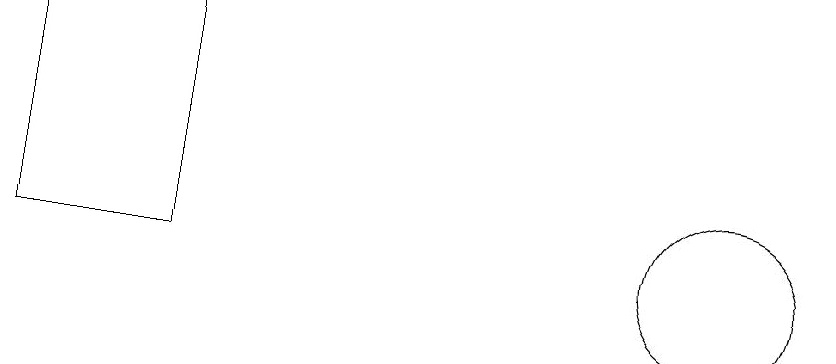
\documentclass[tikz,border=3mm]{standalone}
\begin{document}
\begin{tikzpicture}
\draw (10,10) circle (0);
\draw (10,11) circle (1);
\draw (1,11) rectangle (3,14);
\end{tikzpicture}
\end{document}